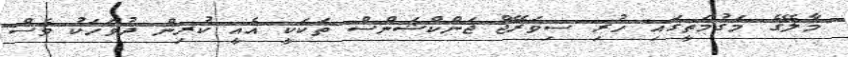
މާލޭގެ މަގުމަތީގައި ހުރި ސިވަރޭޖް ޖަންކްޝަންސް ތަކަކީ އެއީ ކުރިން ދުވަހަކު ވެސް